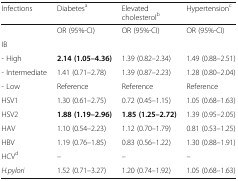
| Infections | Diabetesa | Elevated cholesterolb | Hypertensionc |
 | --- | --- | --- | --- |
 |  | OR (95%-CI) | OR (95%-CI) | OR (95%-CI) |
 | <COLSPAN=4> IB |
 | - High | 2.14 (1.05–4.36) | 1.39 (0.82–2.34) | 1.49 (0.88–2.51) |
 | - Intermediate | 1.41 (0.71–2.78) | 1.39 (0.87–2.23) | 1.28 (0.80–2.04) |
 | - Low | Reference | Reference | Reference |
 | HSV1 | 1.30 (0.61–2.75) | 0.72 (0.45–1.15) | 1.05 (0.68–1.63) |
 | HSV2 | 1.88 (1.19–2.96) | 1.85 (1.25–2.72) | 1.39 (0.95–2.05) |
 | HAV | 1.10 (0.54–2.23) | 1.12 (0.70–1.79) | 0.81 (0.53–1.25) |
 | HBV | 1.19 (0.76–1.85) | 0.83 (0.56–1.22) | 1.30 (0.88–1.91) |
 | HCVd | – | – | – |
 | H.pylori | 1.52 (0.71–3.27) | 1.20 (0.74–1.92) | 1.05 (0.68–1.63) |